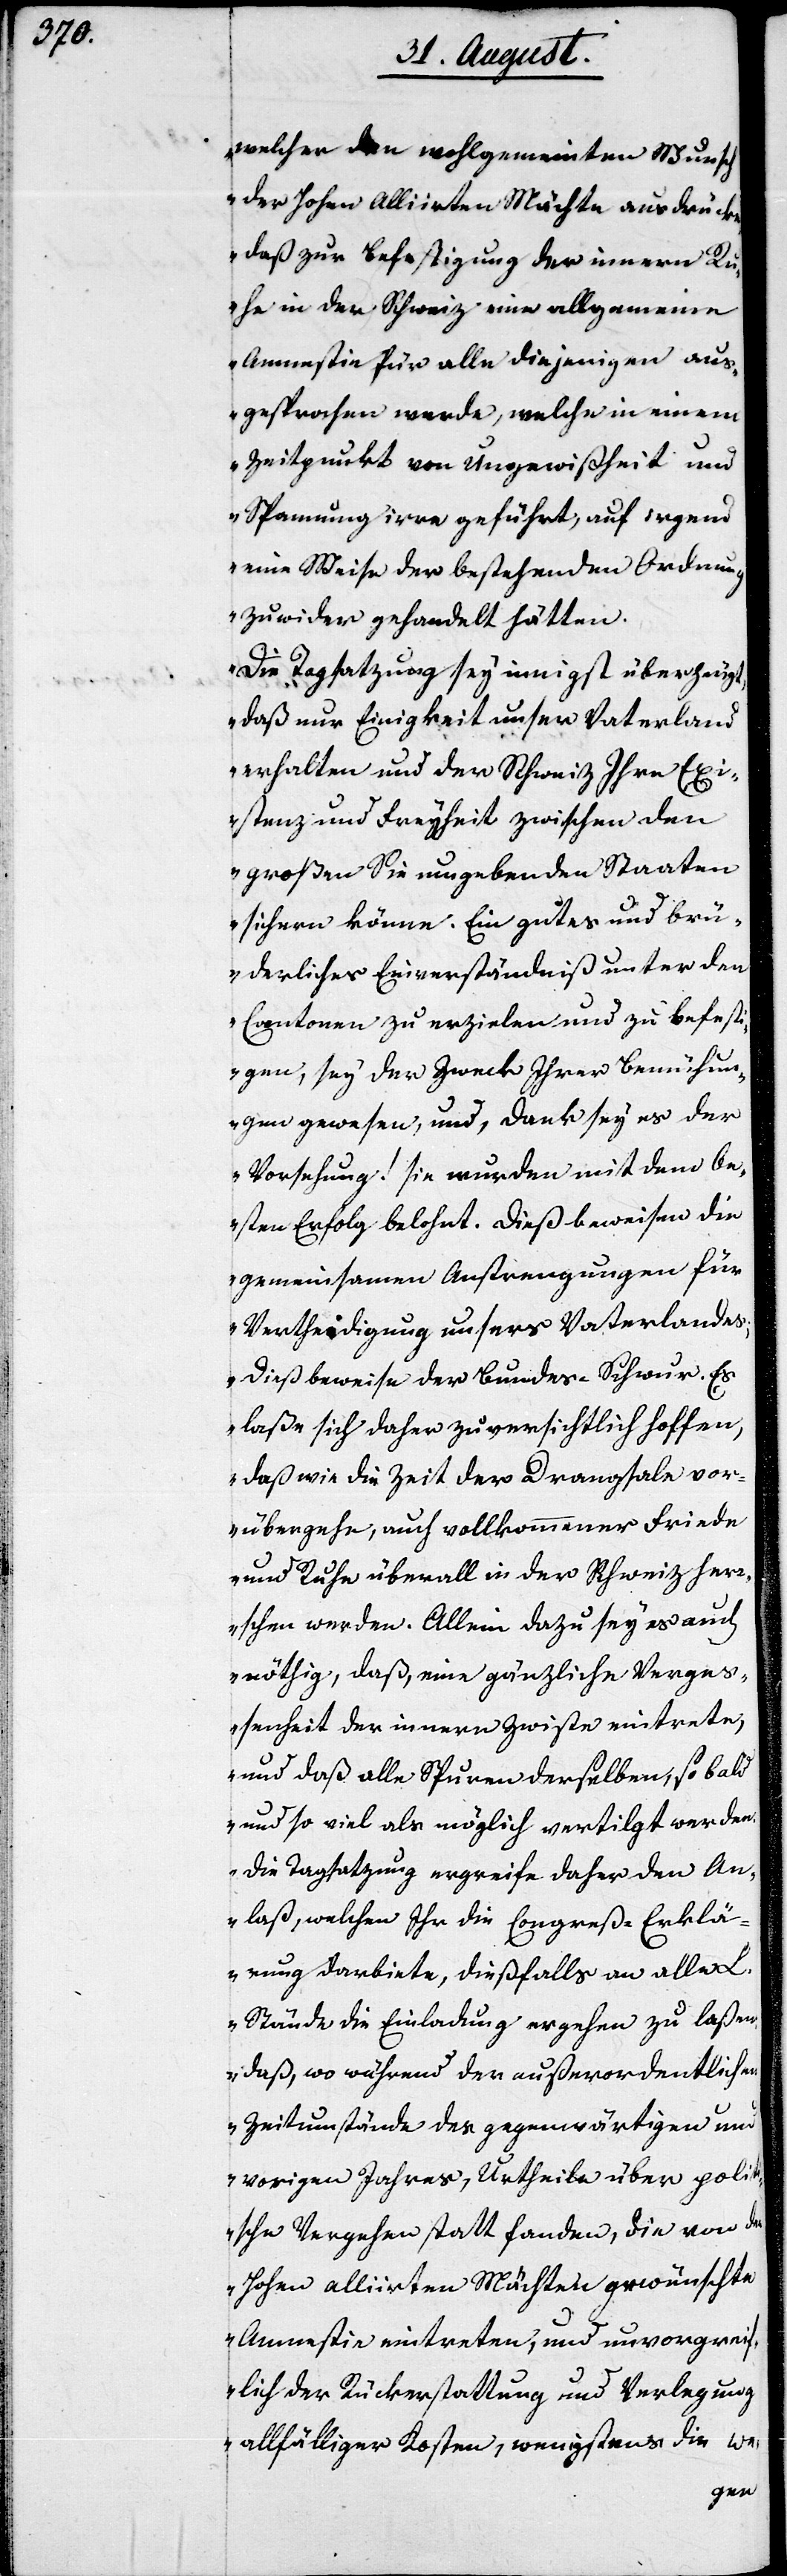
welcher den wohlgemeinten Wunsch
der Hohen Alliirten Mächte ausdrücke,
daß zur Befestigung der innern Ru¬
he in der Schweiz eine allgemeine
Amnestierung für alle diejenigen aus¬
gesprochen werde, welche in einem
Zeitpunkt von Ungewißheit und
Spannung irre geführt, auf irgend
eine Weise der bestehenden Ordnung
zuwider gehandelt hätten.
Die Tagsatzung sey innigst überzeugt,
daß nur die Einigkeit unser Vaterland
erhalten und der Schweiz Ihre Exi¬
stenz und Freyheit zwischen den
großen sie umgebenden Staaten
sichern könne. Ein gutes und brü¬
derliches Einverständniß unter den
Cantonen zu erzielen und zu befest¬
igen, sey der Zweck Ihrer Bemühun¬
gen gewesen, und, Dank sey es der
Vorsehung! sie wurden mit dem be¬
sten Erfolg belohnt. Dieß beweise die
gemeinsamen Anstrengungen für
Vertheidigung unsers Vaterlandes;
dieß beweise der Bundes-Schwur. Es
laße sich daher zuversichtlich hoffen,
daß wie die Zeit der Drangsale vor¬
übergehe, auch vollkommener Friede
und Ruhe überall in der Schweiz herr¬
schen werden. Allein dazu sey es auch
nöthig, daß, eine gänzliche Vergeß¬
enheit der innern Zwiste eintrete,
und daß alle Spuren derselben, so bald
und so viel als möglich vertilgt werden.
Die Tagsatzung ergreife daher den An¬
laß, welchen Ihr die Congreß-Erklä¬
rung darbiete, dießfalls an alle L.
Stände die Einladung ergehen zu laßen
daß, wo während der außerordentlichen
Zeitumstände, des gegenwärtigen und
vorigen Jahres, Urtheile über polit¬
ische Vergehen statt fanden, die von den
Hohen alliirten Mächten gewünschte
Amnestie eintreten, und unvorgrei¬
flich der Rückerstattung und Verlegung
allfälliger Kosten, wenigstens die we-